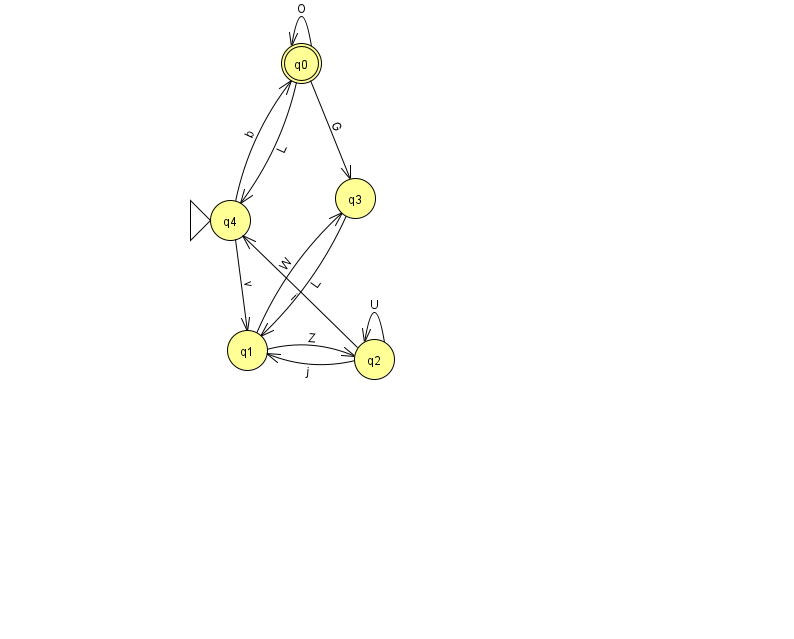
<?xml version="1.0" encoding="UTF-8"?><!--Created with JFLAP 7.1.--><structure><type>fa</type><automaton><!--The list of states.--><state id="0" name="q0"><x>301.0</x><y>50.0</y><final/></state><state id="1" name="q1"><x>247.0</x><y>337.0</y></state><state id="2" name="q2"><x>374.0</x><y>346.0</y></state><state id="3" name="q3"><x>355.0</x><y>185.0</y></state><state id="4" name="q4"><x>230.0</x><y>207.0</y><initial/></state><!--The list of transitions.--><transition><from>2</from><to>4</to><read>i</read></transition><transition><from>1</from><to>3</to><read>W</read></transition><transition><from>4</from><to>1</to><read>v</read></transition><transition><from>0</from><to>4</to><read>L</read></transition><transition><from>1</from><to>2</to><read>Z</read></transition><transition><from>2</from><to>1</to><read>j</read></transition><transition><from>2</from><to>2</to><read>U</read></transition><transition><from>0</from><to>3</to><read>G</read></transition><transition><from>3</from><to>1</to><read>L</read></transition><transition><from>4</from><to>0</to><read>b</read></transition><transition><from>0</from><to>0</to><read>O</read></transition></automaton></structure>